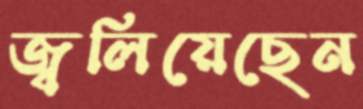
জ্বলিয়েছেন